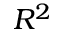
R ^ { 2 }